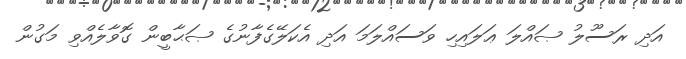
އަދި ރަސޫލު ޞައްލަ ޢަލައިހި ވަސައްލަމަ އަދި އެކަލޭގެފާނުގެ ޞަޙާބީން ގޮވާލެއްވި މަގުން